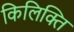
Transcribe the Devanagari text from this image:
किलिक्ति